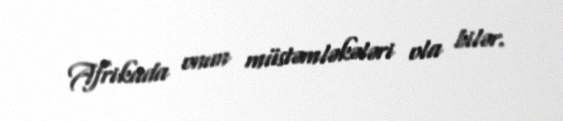
Afrikada onun müstəmləkələri ola bilər.